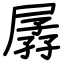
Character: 孱